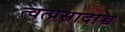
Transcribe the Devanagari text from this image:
त्वत्प्रसादाच्च